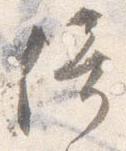
倚